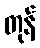
တုန်